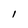
Character: I